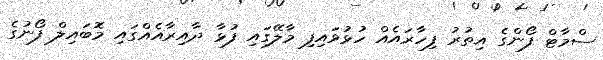
ސްމާޓް ފޯންގެ އިތުރު ފިހާރައެއް ހުޅުވައިފި މާލޭގައި ފުޅާ ދާއިރާއެއްގައި މޮބައިލް ފޯނުގެ